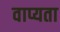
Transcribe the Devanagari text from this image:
वाप्यता